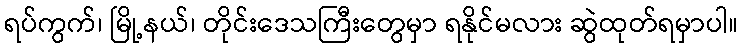
ရပ်ကွက်၊ မြို့နယ်၊ တိုင်းဒေသကြီးတွေမှာ ရနိုင်မလား ဆွဲထုတ်ရမှာပါ။